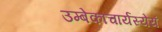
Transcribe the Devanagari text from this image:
उम्बेकाचार्यस्येयं